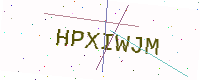
Text: HPXIWJM